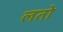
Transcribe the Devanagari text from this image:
लतो